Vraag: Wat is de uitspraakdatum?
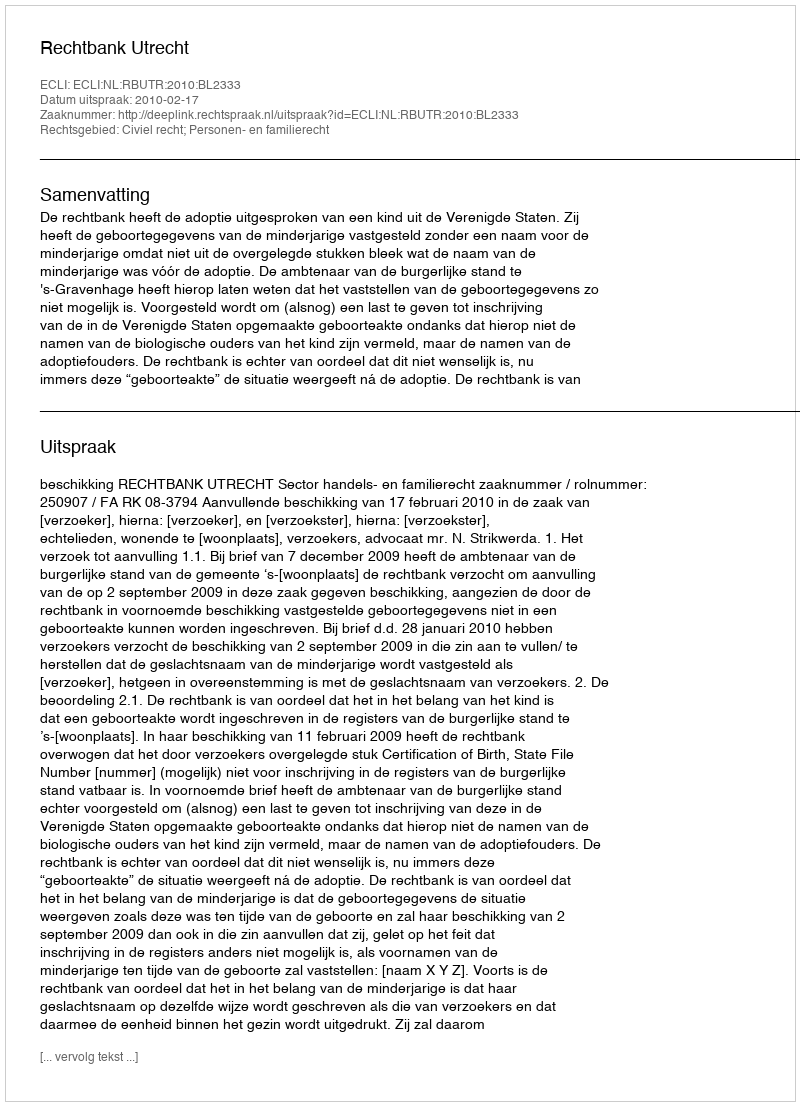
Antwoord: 2010-02-17